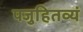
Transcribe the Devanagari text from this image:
पजुहितव्यं